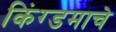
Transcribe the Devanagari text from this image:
किंग्डमाचे